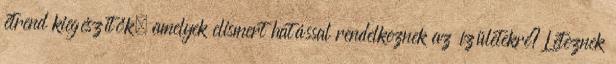
étrend kiegészítők, amelyek elismert hatással rendelkeznek az ízületekre? Léteznek